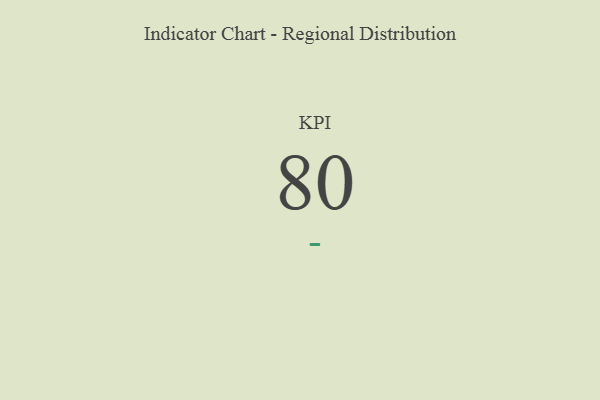
{"axis": {"x": "KPI", "y": "Value"}, "legend": [""], "data": [{"x": "KPI", "y": 80, "type": ""}]}